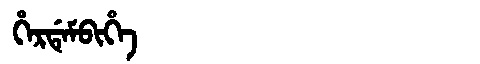
Manchu: ᡥᡝᡵᡩᡝᠮᠪᡳᡥᡝ
Romanization: HERDEMBIHE